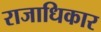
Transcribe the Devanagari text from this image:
राजाधिकार